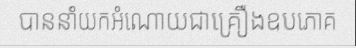
បាននាំយកអំណោយជាគ្រឿងឧបភោគ